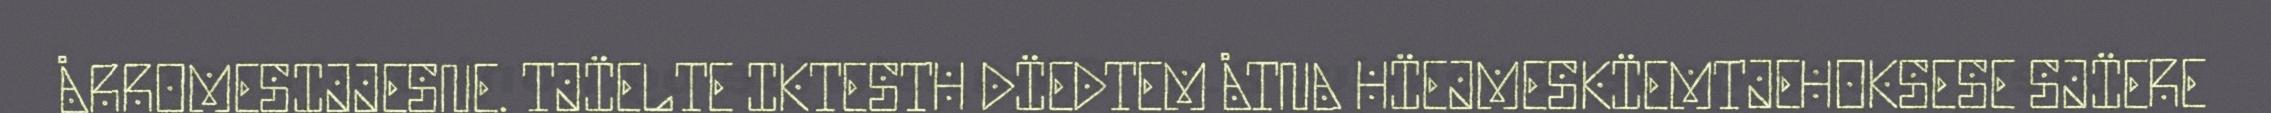
ÅRROMESIJJESNE. TJÏELTE IKTESTH DÏEDTEM ÅTNA HÏEJMESKÏEMTJEHOKSESE SJÏERE